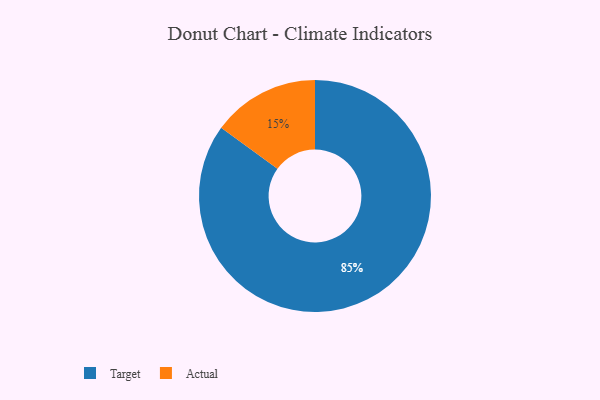
{"axis": {"x": "Category", "y": "Percentage"}, "legend": ["Actual", "Target"], "data": [{"x": "Target", "y": 85, "type": "Target"}, {"x": "Actual", "y": 15, "type": "Actual"}]}